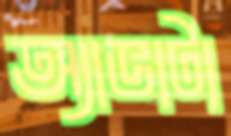
অ্যাভাটা